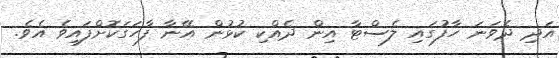
އަދި ދެވަނަ ހާފުގައި ލެސްޓާ އިން ދެއްކި ކުޅުން އޭނާ ފާހަގަކޮށްފައިވެ އެވެ.